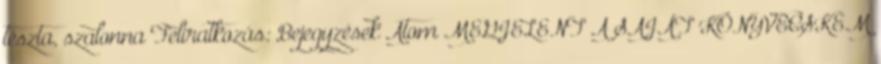
tészta, szalonna Feliratkozás: Bejegyzések Atom MEGJELENT A SAJÁT KÖNYVECSKÉM